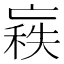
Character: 𠅼